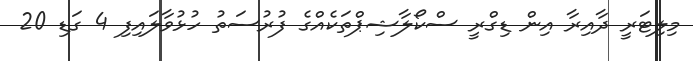
މިލިޓަރީ ދާއިރާ އިން ޑިގްރީ ސްކޯލާޝިޕްތަކެއްގެ ފުރުސަތު ހުޅުވާލައިފި 4 ގަޑި 20